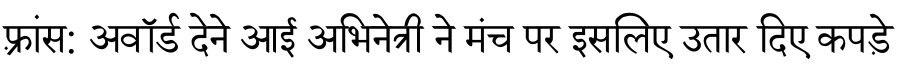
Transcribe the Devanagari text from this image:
फ़्रांस: अवॉर्ड देने आई अभिनेत्री ने मंच पर इसलिए उतार दिए कपड़े